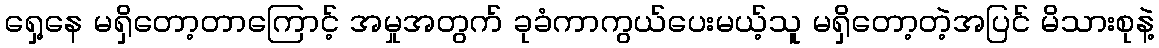
ရှေ့နေ မရှိတော့တာကြောင့် အမှုအတွက် ခုခံကာကွယ်ပေးမယ့်သူ မရှိတော့တဲ့အပြင် မိသားစုနဲ့